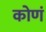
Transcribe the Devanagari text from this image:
कोणं